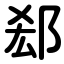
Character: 郄